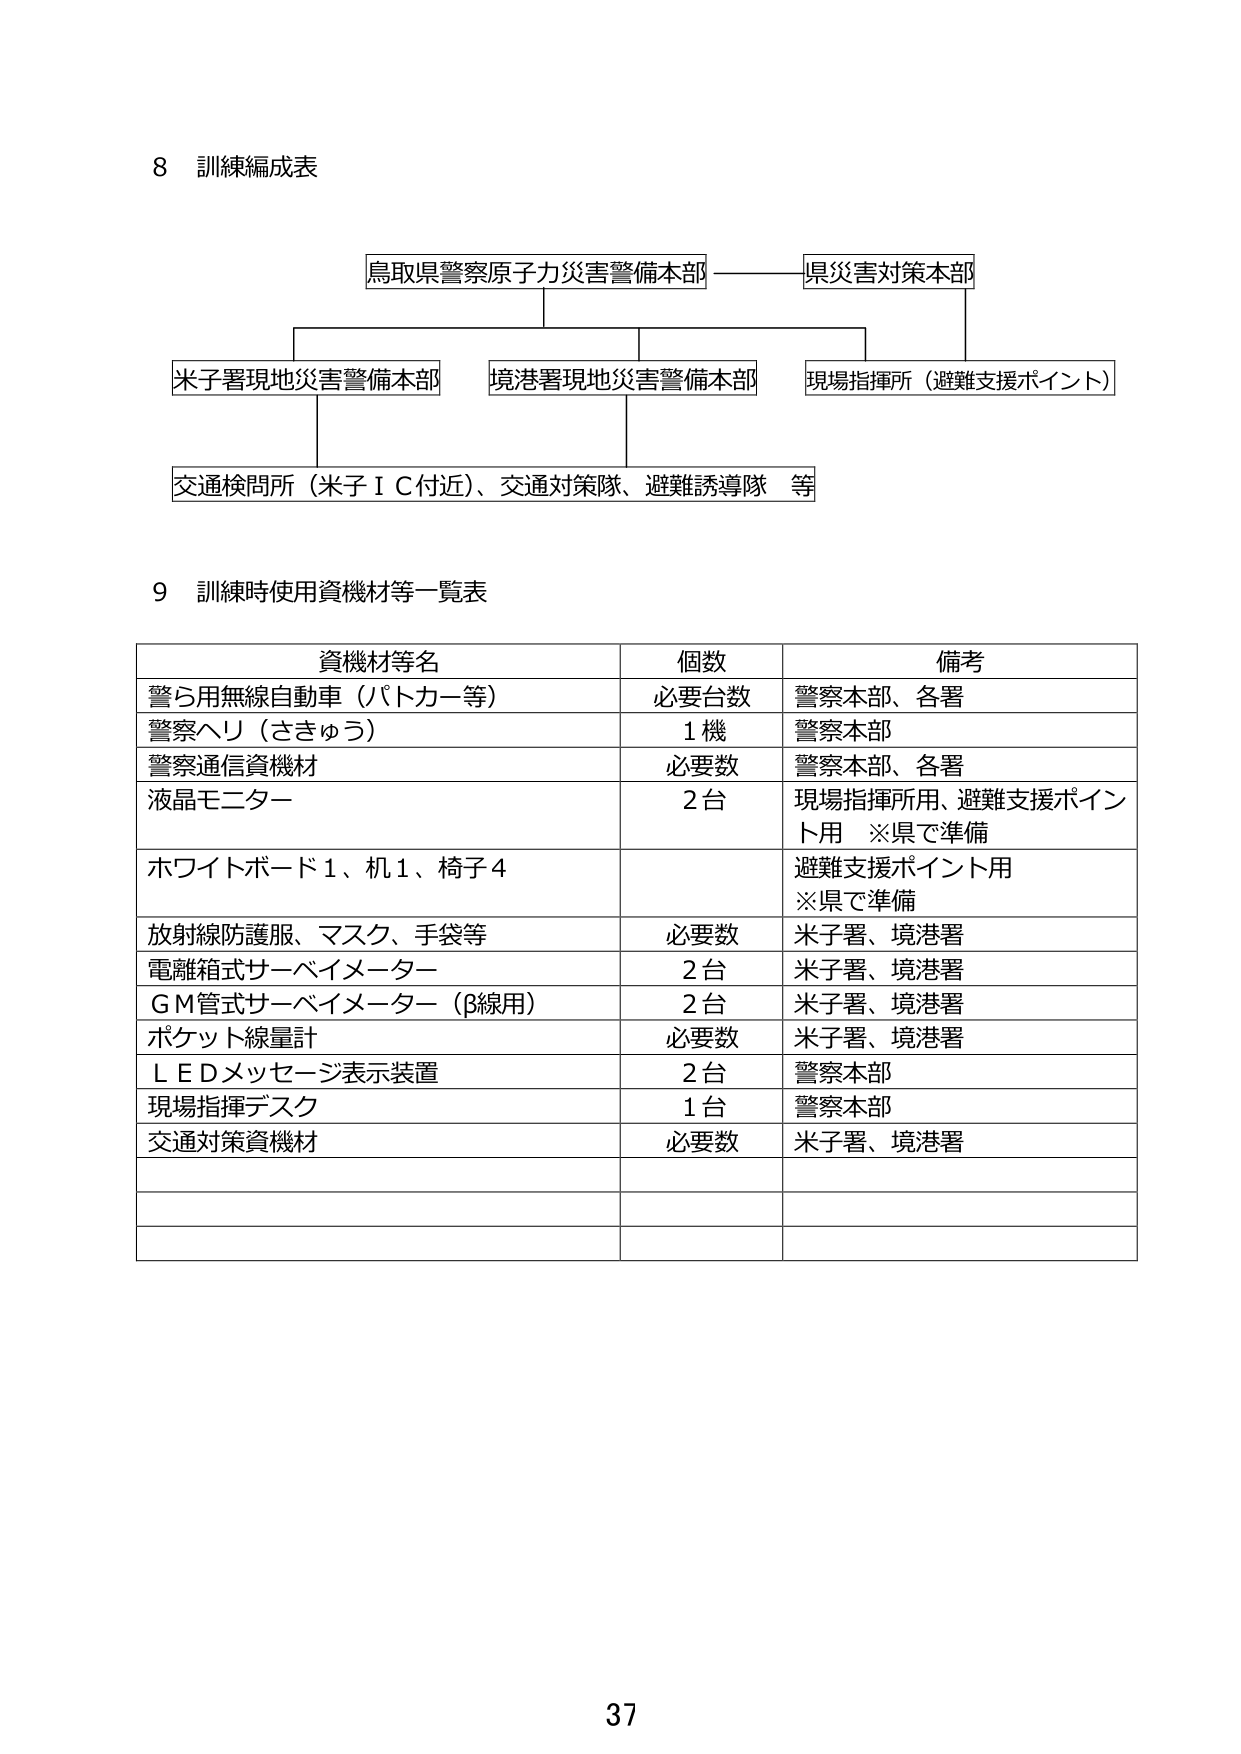
8 訓練編成表

鳥取県警察原子力災害警備本部 ———— 県災害対策本部

米子署現地災害警備本部 境港署現地災害警備本部 現場指揮所（避難支援ポイント）

交通検問所（米子ＩＣ付近）、交通対策隊、避難誘導隊 等

9 訓練時使用資機材等一覧表

資機材等名 個数 備考
警ら用無線自動車（バトカー等） 必要台数 警察本部、各署
警察ヘリ（さきゅう） 1機 警察本部
警察通信資機材 必要数 警察本部、各署
液晶モニター 2台 現場指揮所用、避難支援ポイント用 ※県で準備
ホワイトボード1、机1、椅子4 避難支援ポイント用 ※県で準備
放射線防護服、マスク、手袋等 必要数 米子署、境港署
電離箱式サーベイメーター 2台 米子署、境港署
ＧＭ管式サーベイメーター（β線用） 2台 米子署、境港署
ポケット線量計 必要数 米子署、境港署
ＬＥＤメッセージ表示装置 2台 警察本部
現場指揮デスク 1台 警察本部
交通対策資機材 必要数 米子署、境港署

37